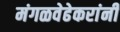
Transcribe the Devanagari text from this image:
मंगळवेढेकरांनी